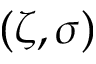
( \zeta , \sigma )